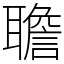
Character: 聸